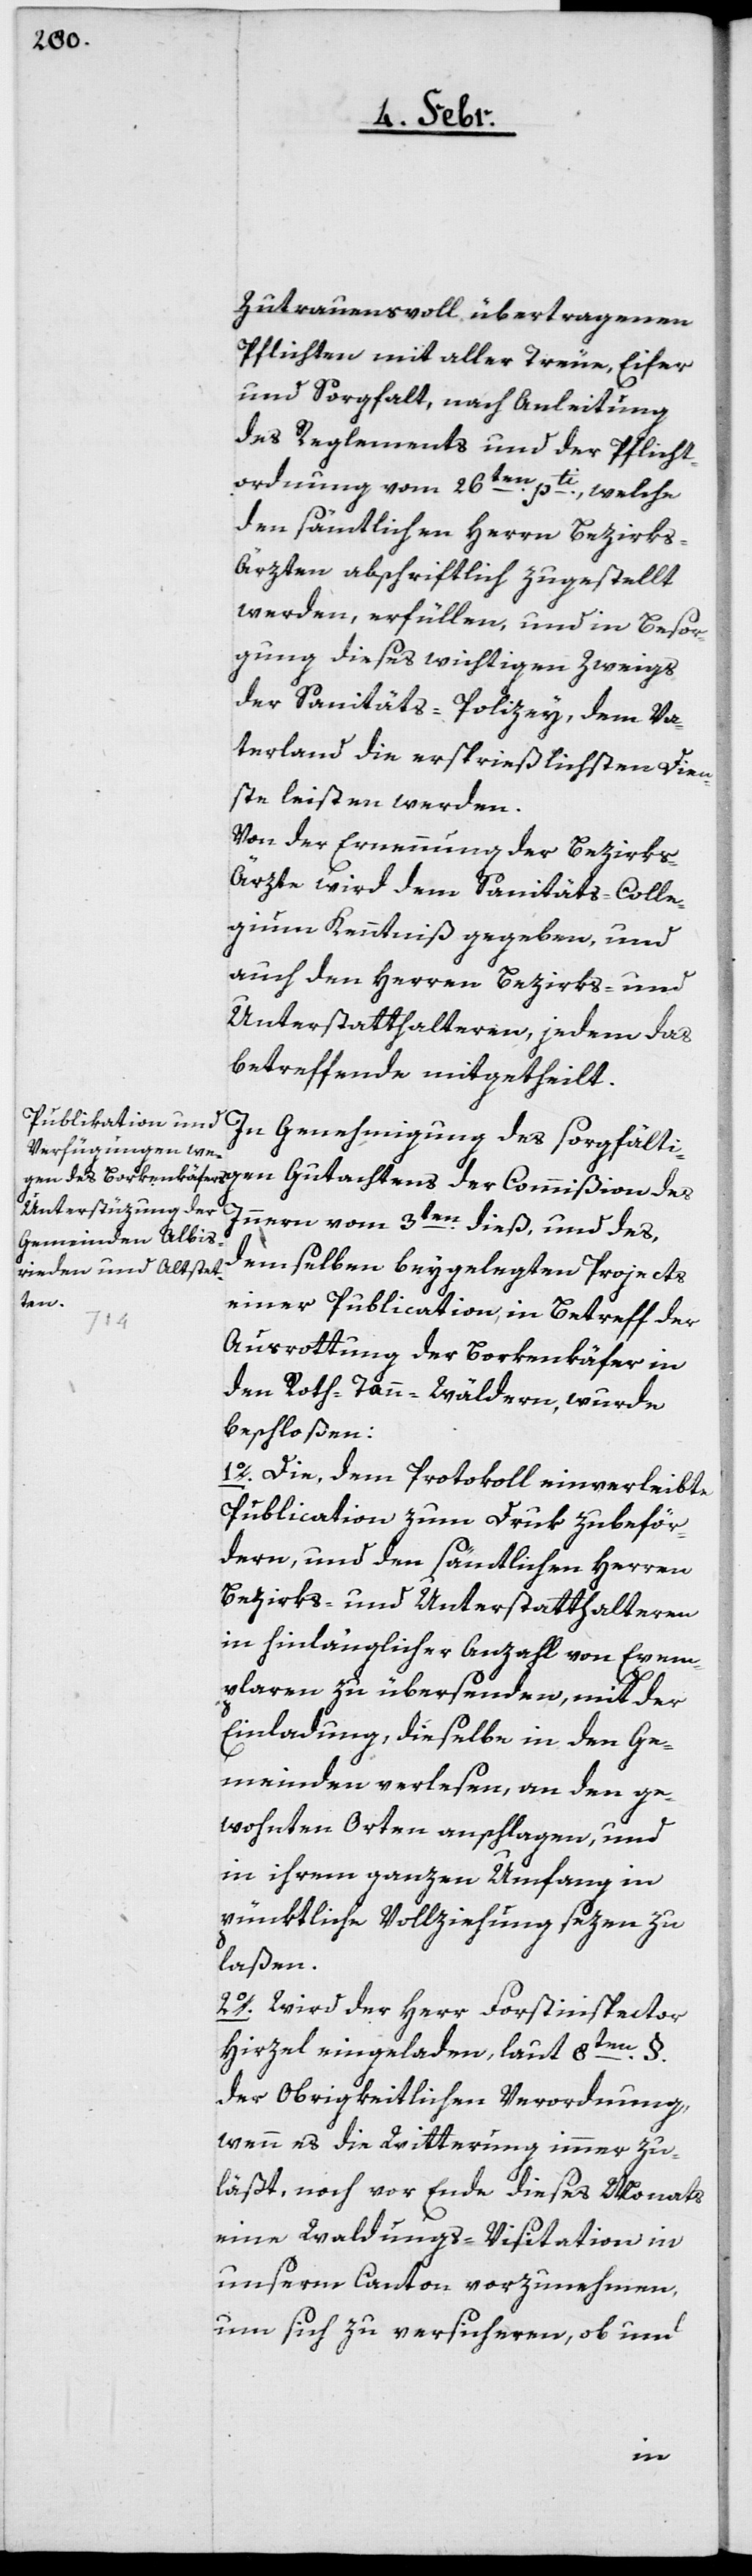
Zutrauensvoll übertragenen
Pflichten mit aller Treue, Eifer
und Sorgfalt, nach Anleitung
des Reglements und der Pflicht¬
ordnung vom 26ten. pti., welche
den sämtlichen Herrn Bezirks-Ä¬
rzten abschriftlich zugestellt
werden, erfüllen, und in Besor¬
gung dieses wichtigen Zweigs
der Sanitäts-Polizey, dem Va¬
terland die ersprießlichsten Dien¬
ste leisten werden.
Von der Ernennung der Bezirks-Ä¬
rzte wird dem Sanitäts-Colle¬
gium Kenntniß gegeben, und
auch den Herren Bezirks- und
Unterstatthalteren, jedem das
betreffende mitgetheilt.
In Genehmigung des sorgfälti¬
Innern vom 3ten. dieß, und des,
demselben beygelegten Projects
einer Publication, in Betreff der
Ausrottung der Borkenkäfer in
den Roth-Tann-Wäldern, wurde
beschloßen:
1o. Die, dem Protokoll einverleibte
Publication zum Druk zu beför¬
dern, und den sämtlichen Herren
Bezirks- und Unterstatthalteren
in hinlänglicher Anzahl von Exem¬
plaren zu übersenden, mit der
Einladung, dieselbe in den Ge¬
meinden verlesen, an den ge¬
wohnten Orten anschlagen, und
in ihrem ganzen Umfang in
pünktliche Vollziehung sezen zu
laßen.
2o. Wird der Herr Forstinspector
Hirzel eingeladen, laut 8ten. §.
der Obrigkeitlichen Verordnung,
wenn es die Witterung immer zu¬
läßt, noch vor Ende dieses Monats
eine Waldungs-Visitation in
unserm Canton vorzunehmen,
um sich zu versicheren, ob und
des